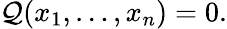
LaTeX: \mathcal{Q}(x_{1},\ldots,x_{n})=0.